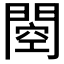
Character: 𰿢